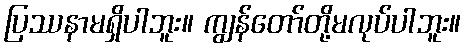
ပြဿနာမရှိပါဘူး။ ကျွန်တော်တို့မလုပ်ပါဘူး။